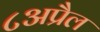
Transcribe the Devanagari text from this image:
८अप्रैल